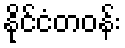
နိုင်ငံတဝန်း